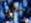
حولك